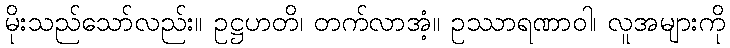
မိုးသည်သော်လည်း။ ဥဋ္ဌဟတိ၊ တက်လာအံ့။ ဥဿာရဏာဝါ၊ လူအများကို